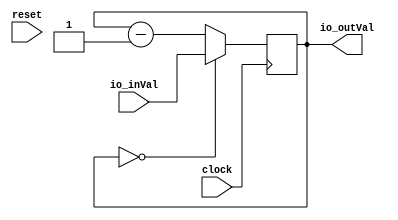
module RegisterSimple(
  input         clock,
  input         reset,
  input  [15:0] io_inVal,
  output [15:0] io_outVal
);
  reg [15:0] x; // @[RegisterSimple.scala 18:15]
  reg [31:0] _RAND_0;
  wire  _T; // @[RegisterSimple.scala 20:11]
  wire [15:0] _T_2; // @[RegisterSimple.scala 23:12]
  assign _T = x == 16'h0; // @[RegisterSimple.scala 20:11]
  assign _T_2 = x - 16'h1; // @[RegisterSimple.scala 23:12]
  assign io_outVal = x; // @[RegisterSimple.scala 26:13]
`ifdef RANDOMIZE_GARBAGE_ASSIGN
`define RANDOMIZE
`endif
`ifdef RANDOMIZE_INVALID_ASSIGN
`define RANDOMIZE
`endif
`ifdef RANDOMIZE_REG_INIT
`define RANDOMIZE
`endif
`ifdef RANDOMIZE_MEM_INIT
`define RANDOMIZE
`endif
`ifndef RANDOM
`define RANDOM $random
`endif
`ifdef RANDOMIZE_MEM_INIT
  integer initvar;
`endif
`ifndef SYNTHESIS
initial begin
  `ifdef RANDOMIZE
    `ifdef INIT_RANDOM
      `INIT_RANDOM
    `endif
    `ifndef VERILATOR
      `ifdef RANDOMIZE_DELAY
        #`RANDOMIZE_DELAY begin end
      `else
        #0.002 begin end
      `endif
    `endif
  `ifdef RANDOMIZE_REG_INIT
  _RAND_0 = {1{`RANDOM}};
  x = _RAND_0[15:0];
  `endif // RANDOMIZE_REG_INIT
  `endif // RANDOMIZE
end // initial
`endif // SYNTHESIS
  always @(posedge clock) begin
    if (_T) begin
      x <= io_inVal;
    end else begin
      x <= _T_2;
    end
  end
endmodule